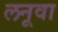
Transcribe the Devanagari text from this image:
लनूवा